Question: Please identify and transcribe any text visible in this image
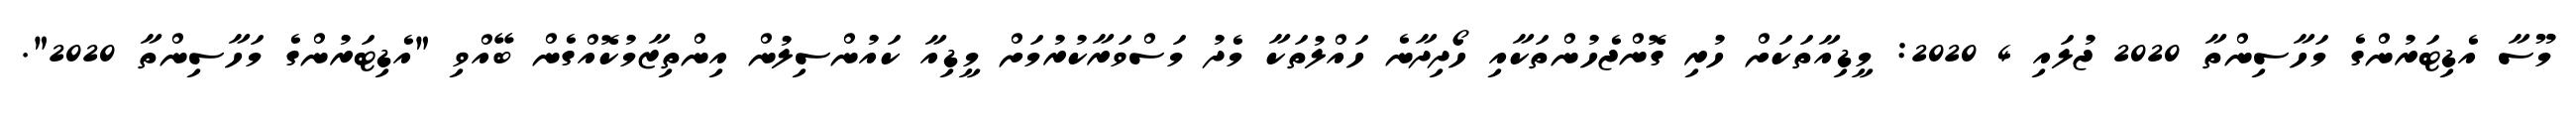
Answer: މޫސާ އެޑިޓަރުންގެ މަހާސިންތާ 2020 ޖުލައި 4 2020: މީޑިއާތަކަށް ހުރި ގޮންޖެހުންތަކާއި ހޯދިދާނެ ހައްލުތަކާ މެދު މަސްވަރާކުރުމަށް މީޑިއާ ކައުންސިލުން އިންތިޒާމުކޮއްގެން ބޭއްވި "އެޑިޓަރުންގެ މަހާސިންތާ 2020".